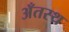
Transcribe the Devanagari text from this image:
अँतस्थ